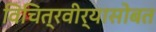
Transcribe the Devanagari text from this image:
विचित्रवीर्यासोबत